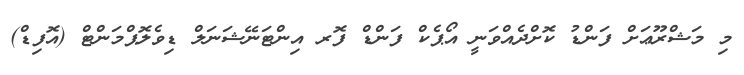
މި މަޝްރޫޢަށް ފަންޑު ކޮށްދެއްވަނީ އޯޕެކް ފަންޑް ފޮރ އިންޓަނޭޝަނަލް ޑިވެލޮޕްމަންޓް (އޮފިޑް)